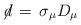
LaTeX: \begin{align*}\not \! d \,=\, \sigma_\mu D_\mu\end{align*}